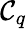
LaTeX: \mathcal{C}_{q}